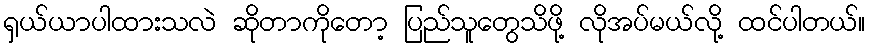
ရှယ်ယာပါထားသလဲ ဆိုတာကိုတော့ ပြည်သူတွေသိဖို့ လိုအပ်မယ်လို့ ထင်ပါတယ်။